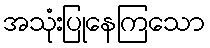
အသုံးပြုနေကြသော